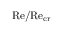
\ensuremath { \mathrm { R e } } / \ensuremath { \ensuremath { \mathrm { R e } } _ { \mathrm { c r } } }